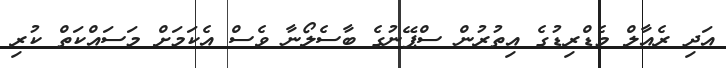
އަދި ރެއާލް މެޑްރިޑުގެ އިތުރުން ސްޕޭނުގެ ބާސެލޯނާ ވެސް އެކަމަށް މަސައްކަތް ކުރި